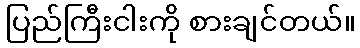
ပြည်ကြီးငါးကို စားချင်တယ်။